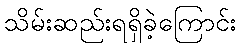
သိမ်းဆည်းရရှိခဲ့ကြောင်း